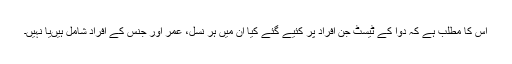
اس کا مطلب ہے کہ دوا کے ٹیسٹ جن افراد پر کئیے گئے کیا ان میں ہر نسل، عمر اور جنس کے افراد شامل ہیں‌یا نہیں۔